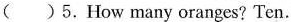
( ) 5.How many oranges? Ten.